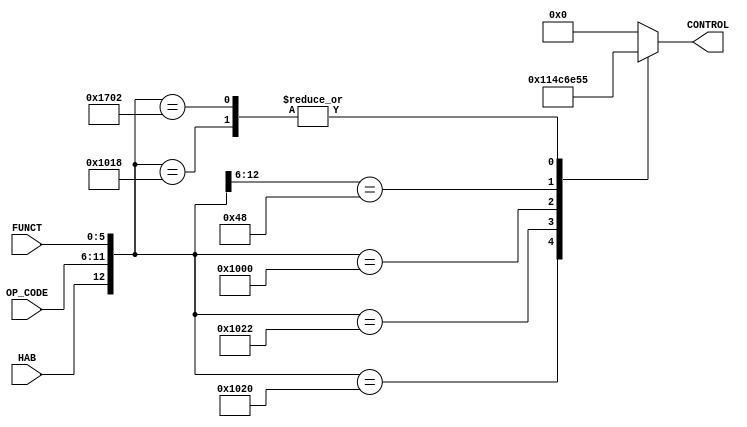
`timescale 1ns / 1ps

module CONTROLCPU(OP_CODE,FUNCT,HAB,CONTROL);
//CONTROL[0]=>CE_MEM,
//CONTROL[2:1]=>ALU_OPCODE,
//CONTROL[3]=>SEL_OPERAB
//,CONTROL[4]=>REG_WR,
//CONTROL[5]=>SEL_DEST
	
	input [5:0] OP_CODE,FUNCT;
	input HAB;
	output reg [5:0] CONTROL;
	
   always @(HAB,OP_CODE,FUNCT)
      casex ({HAB,OP_CODE,FUNCT})
         13'b1000000100000: CONTROL=6'b010001;//ADD
         13'b1000000100010: CONTROL=6'b010011;//SUB
         13'b1000000011000: CONTROL=6'b010101;//MULT
         13'b1000000000000: CONTROL=6'b000110;//NOP
         13'b1001000xxxxxx: CONTROL=6'b111001;//ADDI
         13'b1011100000010: CONTROL=6'b010101;//MUL
         default CONTROL=6'b000000;
      endcase
		
endmodule